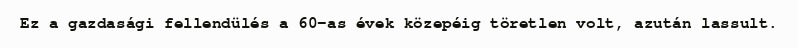
Ez a gazdasági fellendülés a 60-as évek közepéig töretlen volt, azután lassult.